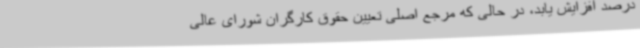
درصد افزایش یابد، در حالی که مرجع اصلی تعیین حقوق کارگران شورای عالی